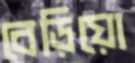
বেড়িয়ো